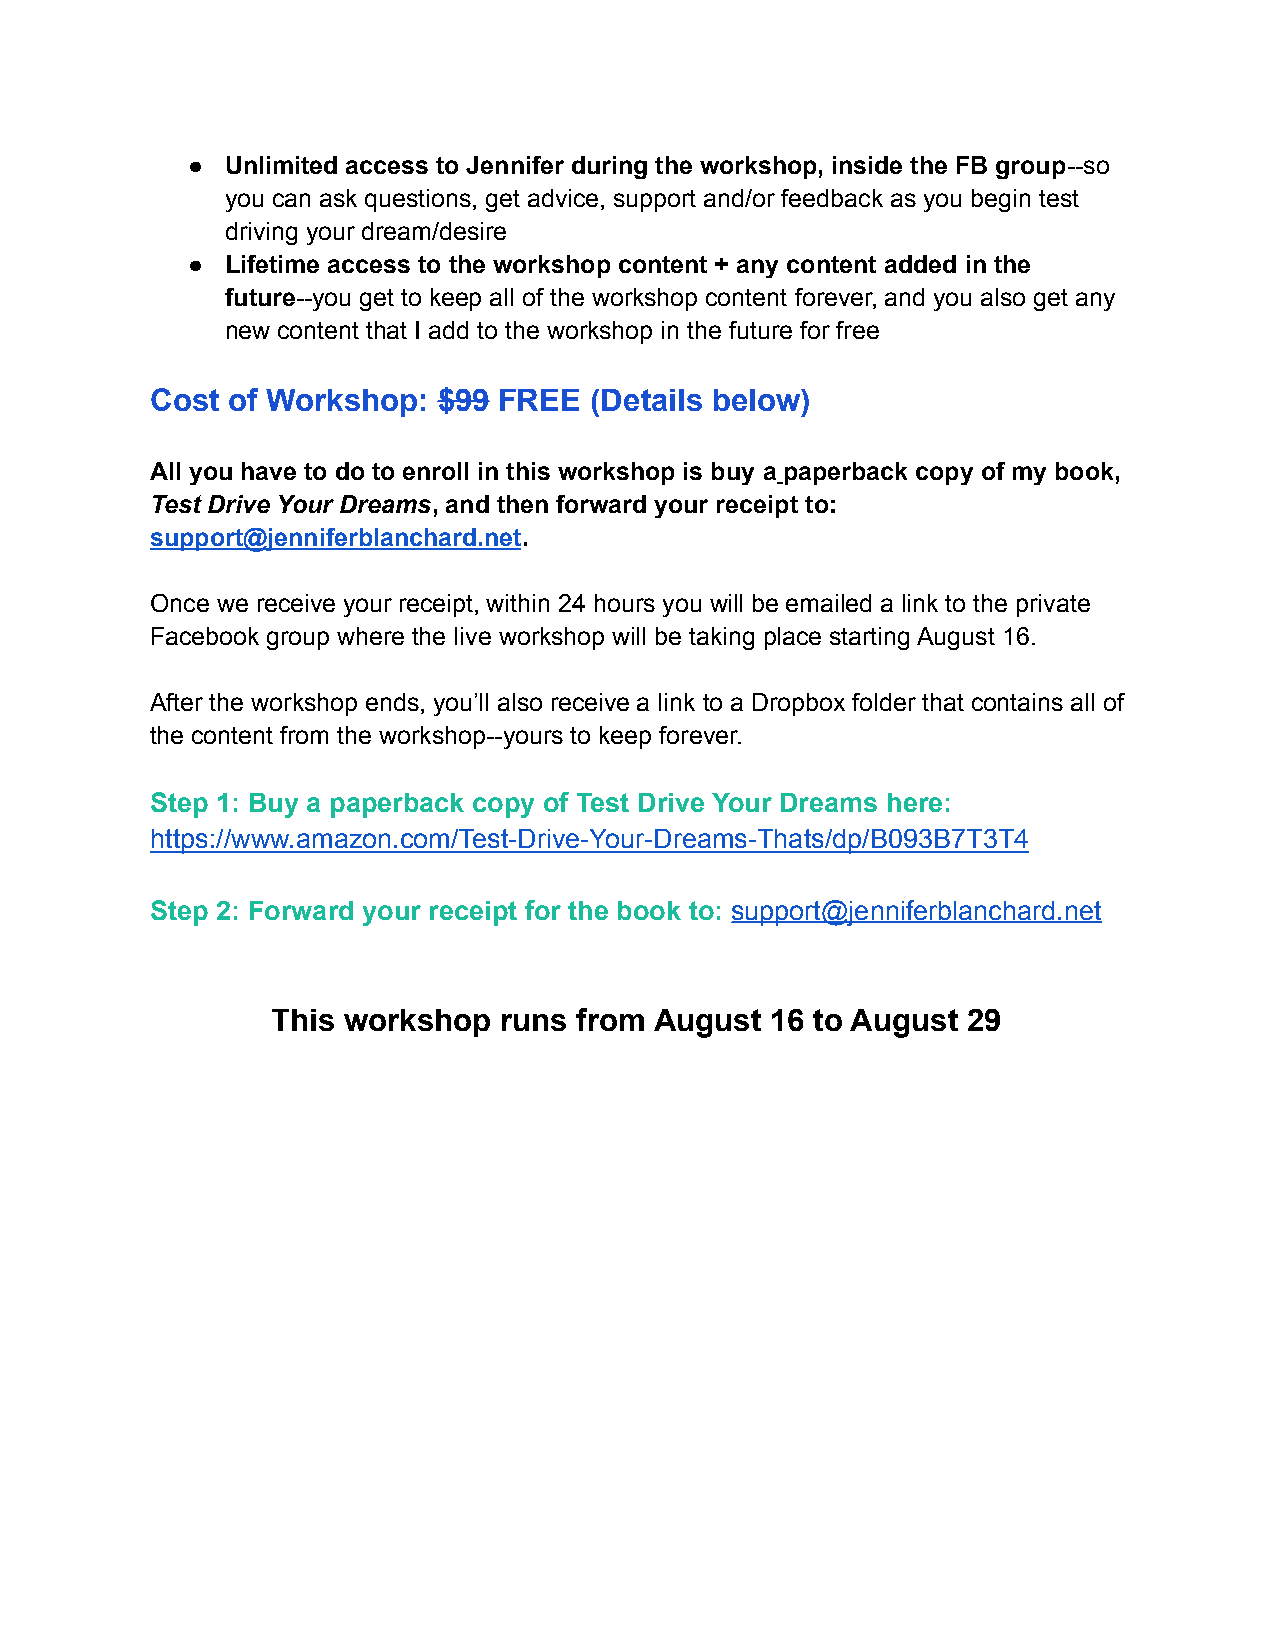
●  Unlimited access to Jennifer during the workshop, inside the FB group--so
 you can ask questions, get advice, support and/or feedback as you begin test
 driving your dream/desire
 ●  Lifetime access to the workshop content + any content added in the
 future--you get to keep all of the workshop content forever, and you also get any
 new content that I add to the workshop in the future for free
 Cost of Workshop:  $99 FREE  (Details below)
 All you have to do to enroll in this workshop is buy a paperback copy of my book,
 Test Drive Your Dreams, and then forward your receipt to:
 support@jenniferblanchard.net.
 Once we receive your receipt, within 24 hours you will be emailed a link to the private
 Facebook group where the live workshop will be taking place starting August 16.
 After the workshop ends, you’ll also receive a link to a Dropbox folder that contains all of
 the content from the workshop--yours to keep forever.
 Step 1: Buy a paperback copy of Test Drive Your Dreams here:
 https://www.amazon.com/Test-Drive-Your-Dreams-Thats/dp/B093B7T3T4
 Step 2: Forward your receipt for the book to: support@jenniferblanchard.net
 This workshop  runs from August  16 to August 29